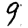
Digit: 9